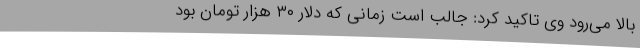
بالا می‌رود وی تاکید کرد: جالب است زمانی که دلار ۳۰ هزار تومان بود